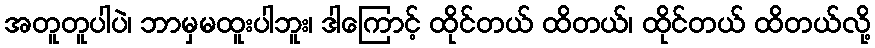
အတူတူပါပဲ၊ ဘာမှမထူးပါဘူး၊ ဒါကြောင့် ထိုင်တယ် ထိတယ်၊ ထိုင်တယ် ထိတယ်လို့